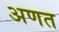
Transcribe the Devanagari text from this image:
अणत